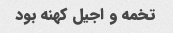
تخمه و اجیل کهنه بود